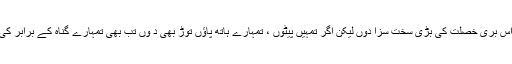
”میں چاہتا تھا کہ“قربان نیاز بولا” تمہیں اس بری خصلت کی بڑی سخت سزا دوں لیکن اگر تمہیں پیٹوں ، تمہارے ہاتھ پاﺅں توڑ بھی د وں تب بھی تمہارے گناہ کے برابر کی سزا نہ ہوتی اور اس کا فائدہ بھی نہ تھا ۔